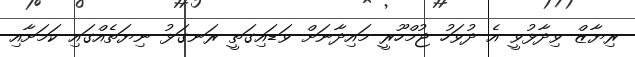
ރިޔާޒް ވިދާޅުވީ އެ ދުވަހު ޖުމްހޫރީ މައިދާނަށް ވަޑައިގަތީ ރަނގަޅު ނިޔަތެއްގައި ކަމަށާއި